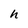
Character: h